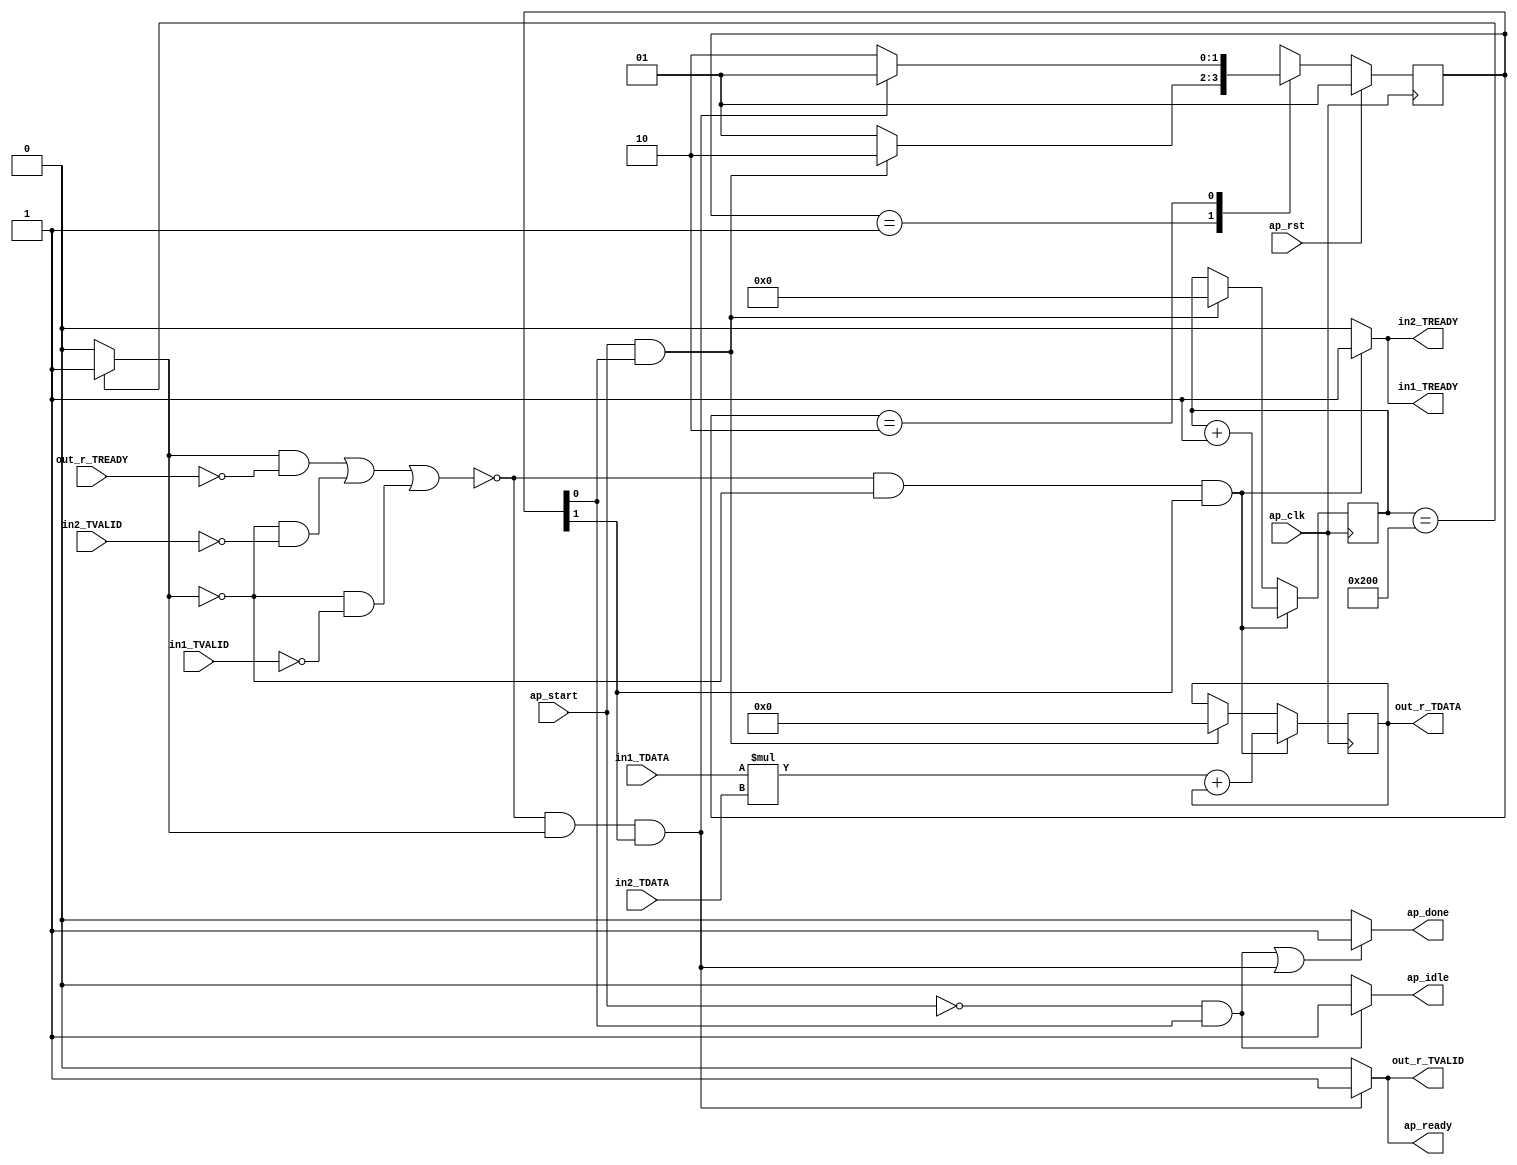
// ==============================================================
// RTL generated by Vivado(TM) HLS - High-Level Synthesis from C, C++ and SystemC
// Version: 2019.1.1
// Copyright (C) 1986-2019 Xilinx, Inc. All Rights Reserved.
// 
// ===========================================================

`timescale 1 ns / 1 ps 

module exec (
        ap_clk,
        ap_rst,
        ap_start,
        ap_done,
        ap_idle,
        ap_ready,
        in1_TDATA,
        in1_TVALID,
        in1_TREADY,
        in2_TDATA,
        in2_TVALID,
        in2_TREADY,
        out_r_TDATA,
        out_r_TVALID,
        out_r_TREADY
);

parameter    ap_ST_fsm_state1 = 2'd1;
parameter    ap_ST_fsm_state2 = 2'd2;

input   ap_clk;
input   ap_rst;
input   ap_start;
output   ap_done;
output   ap_idle;
output   ap_ready;
input  [31:0] in1_TDATA;
input   in1_TVALID;
output   in1_TREADY;
input  [31:0] in2_TDATA;
input   in2_TVALID;
output   in2_TREADY;
output  [31:0] out_r_TDATA;
output   out_r_TVALID;
input   out_r_TREADY;

reg ap_done;
reg ap_idle;
reg ap_ready;
reg in1_TREADY;
reg in2_TREADY;
reg out_r_TVALID;

(* fsm_encoding = "none" *) reg   [1:0] ap_CS_fsm;
wire    ap_CS_fsm_state1;
reg    in1_TDATA_blk_n;
wire    ap_CS_fsm_state2;
wire   [0:0] icmp_ln72_fu_78_p2;
reg    in2_TDATA_blk_n;
reg    out_r_TDATA_blk_n;
wire   [9:0] k_fu_84_p2;
reg    ap_block_state2;
reg    ap_block_state2_io;
wire   [31:0] result_fu_96_p2;
reg   [31:0] result_0_reg_55;
reg   [9:0] k_0_reg_67;
wire  signed [31:0] mul_ln75_fu_90_p0;
wire  signed [31:0] mul_ln75_fu_90_p1;
wire   [31:0] mul_ln75_fu_90_p2;
reg   [1:0] ap_NS_fsm;

// power-on initialization
initial begin
#0 ap_CS_fsm = 2'd1;
end

always @ (posedge ap_clk) begin
    if (ap_rst == 1'b1) begin
        ap_CS_fsm <= ap_ST_fsm_state1;
    end else begin
        ap_CS_fsm <= ap_NS_fsm;
    end
end

always @ (posedge ap_clk) begin
    if ((~((1'b1 == ap_block_state2_io) | ((icmp_ln72_fu_78_p2 == 1'd0) & (in2_TVALID == 1'b0)) | ((icmp_ln72_fu_78_p2 == 1'd0) & (in1_TVALID == 1'b0))) & (icmp_ln72_fu_78_p2 == 1'd0) & (1'b1 == ap_CS_fsm_state2))) begin
        k_0_reg_67 <= k_fu_84_p2;
    end else if (((ap_start == 1'b1) & (1'b1 == ap_CS_fsm_state1))) begin
        k_0_reg_67 <= 10'd0;
    end
end

always @ (posedge ap_clk) begin
    if ((~((1'b1 == ap_block_state2_io) | ((icmp_ln72_fu_78_p2 == 1'd0) & (in2_TVALID == 1'b0)) | ((icmp_ln72_fu_78_p2 == 1'd0) & (in1_TVALID == 1'b0))) & (icmp_ln72_fu_78_p2 == 1'd0) & (1'b1 == ap_CS_fsm_state2))) begin
        result_0_reg_55 <= result_fu_96_p2;
    end else if (((ap_start == 1'b1) & (1'b1 == ap_CS_fsm_state1))) begin
        result_0_reg_55 <= 32'd0;
    end
end

always @ (*) begin
    if ((((ap_start == 1'b0) & (1'b1 == ap_CS_fsm_state1)) | (~((1'b1 == ap_block_state2_io) | ((icmp_ln72_fu_78_p2 == 1'd0) & (in2_TVALID == 1'b0)) | ((icmp_ln72_fu_78_p2 == 1'd0) & (in1_TVALID == 1'b0))) & (icmp_ln72_fu_78_p2 == 1'd1) & (1'b1 == ap_CS_fsm_state2)))) begin
        ap_done = 1'b1;
    end else begin
        ap_done = 1'b0;
    end
end

always @ (*) begin
    if (((ap_start == 1'b0) & (1'b1 == ap_CS_fsm_state1))) begin
        ap_idle = 1'b1;
    end else begin
        ap_idle = 1'b0;
    end
end

always @ (*) begin
    if ((~((1'b1 == ap_block_state2_io) | ((icmp_ln72_fu_78_p2 == 1'd0) & (in2_TVALID == 1'b0)) | ((icmp_ln72_fu_78_p2 == 1'd0) & (in1_TVALID == 1'b0))) & (icmp_ln72_fu_78_p2 == 1'd1) & (1'b1 == ap_CS_fsm_state2))) begin
        ap_ready = 1'b1;
    end else begin
        ap_ready = 1'b0;
    end
end

always @ (*) begin
    if (((icmp_ln72_fu_78_p2 == 1'd0) & (1'b1 == ap_CS_fsm_state2))) begin
        in1_TDATA_blk_n = in1_TVALID;
    end else begin
        in1_TDATA_blk_n = 1'b1;
    end
end

always @ (*) begin
    if ((~((1'b1 == ap_block_state2_io) | ((icmp_ln72_fu_78_p2 == 1'd0) & (in2_TVALID == 1'b0)) | ((icmp_ln72_fu_78_p2 == 1'd0) & (in1_TVALID == 1'b0))) & (icmp_ln72_fu_78_p2 == 1'd0) & (1'b1 == ap_CS_fsm_state2))) begin
        in1_TREADY = 1'b1;
    end else begin
        in1_TREADY = 1'b0;
    end
end

always @ (*) begin
    if (((icmp_ln72_fu_78_p2 == 1'd0) & (1'b1 == ap_CS_fsm_state2))) begin
        in2_TDATA_blk_n = in2_TVALID;
    end else begin
        in2_TDATA_blk_n = 1'b1;
    end
end

always @ (*) begin
    if ((~((1'b1 == ap_block_state2_io) | ((icmp_ln72_fu_78_p2 == 1'd0) & (in2_TVALID == 1'b0)) | ((icmp_ln72_fu_78_p2 == 1'd0) & (in1_TVALID == 1'b0))) & (icmp_ln72_fu_78_p2 == 1'd0) & (1'b1 == ap_CS_fsm_state2))) begin
        in2_TREADY = 1'b1;
    end else begin
        in2_TREADY = 1'b0;
    end
end

always @ (*) begin
    if (((icmp_ln72_fu_78_p2 == 1'd1) & (1'b1 == ap_CS_fsm_state2))) begin
        out_r_TDATA_blk_n = out_r_TREADY;
    end else begin
        out_r_TDATA_blk_n = 1'b1;
    end
end

always @ (*) begin
    if ((~((1'b1 == ap_block_state2_io) | ((icmp_ln72_fu_78_p2 == 1'd0) & (in2_TVALID == 1'b0)) | ((icmp_ln72_fu_78_p2 == 1'd0) & (in1_TVALID == 1'b0))) & (icmp_ln72_fu_78_p2 == 1'd1) & (1'b1 == ap_CS_fsm_state2))) begin
        out_r_TVALID = 1'b1;
    end else begin
        out_r_TVALID = 1'b0;
    end
end

always @ (*) begin
    case (ap_CS_fsm)
        ap_ST_fsm_state1 : begin
            if (((ap_start == 1'b1) & (1'b1 == ap_CS_fsm_state1))) begin
                ap_NS_fsm = ap_ST_fsm_state2;
            end else begin
                ap_NS_fsm = ap_ST_fsm_state1;
            end
        end
        ap_ST_fsm_state2 : begin
            if ((~((1'b1 == ap_block_state2_io) | ((icmp_ln72_fu_78_p2 == 1'd0) & (in2_TVALID == 1'b0)) | ((icmp_ln72_fu_78_p2 == 1'd0) & (in1_TVALID == 1'b0))) & (icmp_ln72_fu_78_p2 == 1'd1) & (1'b1 == ap_CS_fsm_state2))) begin
                ap_NS_fsm = ap_ST_fsm_state1;
            end else if ((~((1'b1 == ap_block_state2_io) | ((icmp_ln72_fu_78_p2 == 1'd0) & (in2_TVALID == 1'b0)) | ((icmp_ln72_fu_78_p2 == 1'd0) & (in1_TVALID == 1'b0))) & (icmp_ln72_fu_78_p2 == 1'd0) & (1'b1 == ap_CS_fsm_state2))) begin
                ap_NS_fsm = ap_ST_fsm_state2;
            end else begin
                ap_NS_fsm = ap_ST_fsm_state2;
            end
        end
        default : begin
            ap_NS_fsm = 'bx;
        end
    endcase
end

assign ap_CS_fsm_state1 = ap_CS_fsm[32'd0];

assign ap_CS_fsm_state2 = ap_CS_fsm[32'd1];

always @ (*) begin
    ap_block_state2 = (((icmp_ln72_fu_78_p2 == 1'd0) & (in2_TVALID == 1'b0)) | ((icmp_ln72_fu_78_p2 == 1'd0) & (in1_TVALID == 1'b0)));
end

always @ (*) begin
    ap_block_state2_io = ((icmp_ln72_fu_78_p2 == 1'd1) & (out_r_TREADY == 1'b0));
end

assign icmp_ln72_fu_78_p2 = ((k_0_reg_67 == 10'd512) ? 1'b1 : 1'b0);

assign k_fu_84_p2 = (k_0_reg_67 + 10'd1);

assign mul_ln75_fu_90_p0 = in1_TDATA;

assign mul_ln75_fu_90_p1 = in2_TDATA;

assign mul_ln75_fu_90_p2 = ($signed(mul_ln75_fu_90_p0) * $signed(mul_ln75_fu_90_p1));

assign out_r_TDATA = result_0_reg_55;

assign result_fu_96_p2 = (mul_ln75_fu_90_p2 + result_0_reg_55);

endmodule //exec